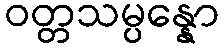
ဝတ္တသမ္ပန္နော